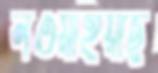
লওয়াইয়াছ